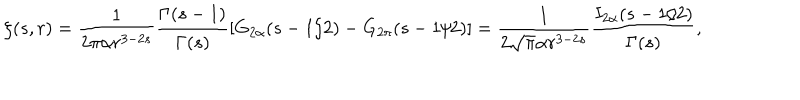
LaTeX: \zeta ( s , r ) = \frac { 1 } { 2 \pi \alpha r ^ { 3 - 2 s } } \frac { \Gamma ( s - 1 ) } { \Gamma ( s ) } \left[ G _ { 2 \alpha } ( s - 1 / 2 ) - G _ { 2 \pi } ( s - 1 / 2 ) \right] = \frac { 1 } { 2 \sqrt \pi \alpha r ^ { 3 - 2 s } } \frac { I _ { 2 \alpha } ( s - 1 / 2 ) } { \Gamma ( s ) } { , }